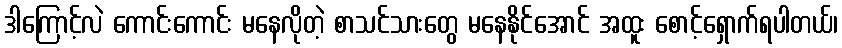
ဒါကြောင့်လဲ ကောင်းကောင်း မနေလိုတဲ့ စာသင်သားတွေ မနေနိုင်အောင် အထူး စောင့်ရှောက်ရပါတယ်၊